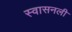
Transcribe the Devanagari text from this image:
स्वासनली